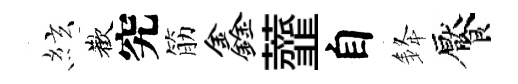
絃歡究筋鑫虀自𨦟饜